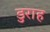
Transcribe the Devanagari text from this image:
डुराह